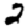
Digit: 2